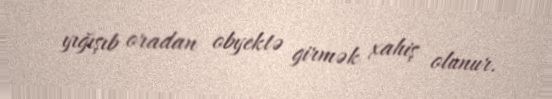
yığışıb oradan obyektə girmək xahiş olunur.